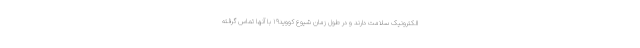
الکترونیک سلامت دارند و در طول زمان شیوع کووید۱۹ با آنها تماس گرفته